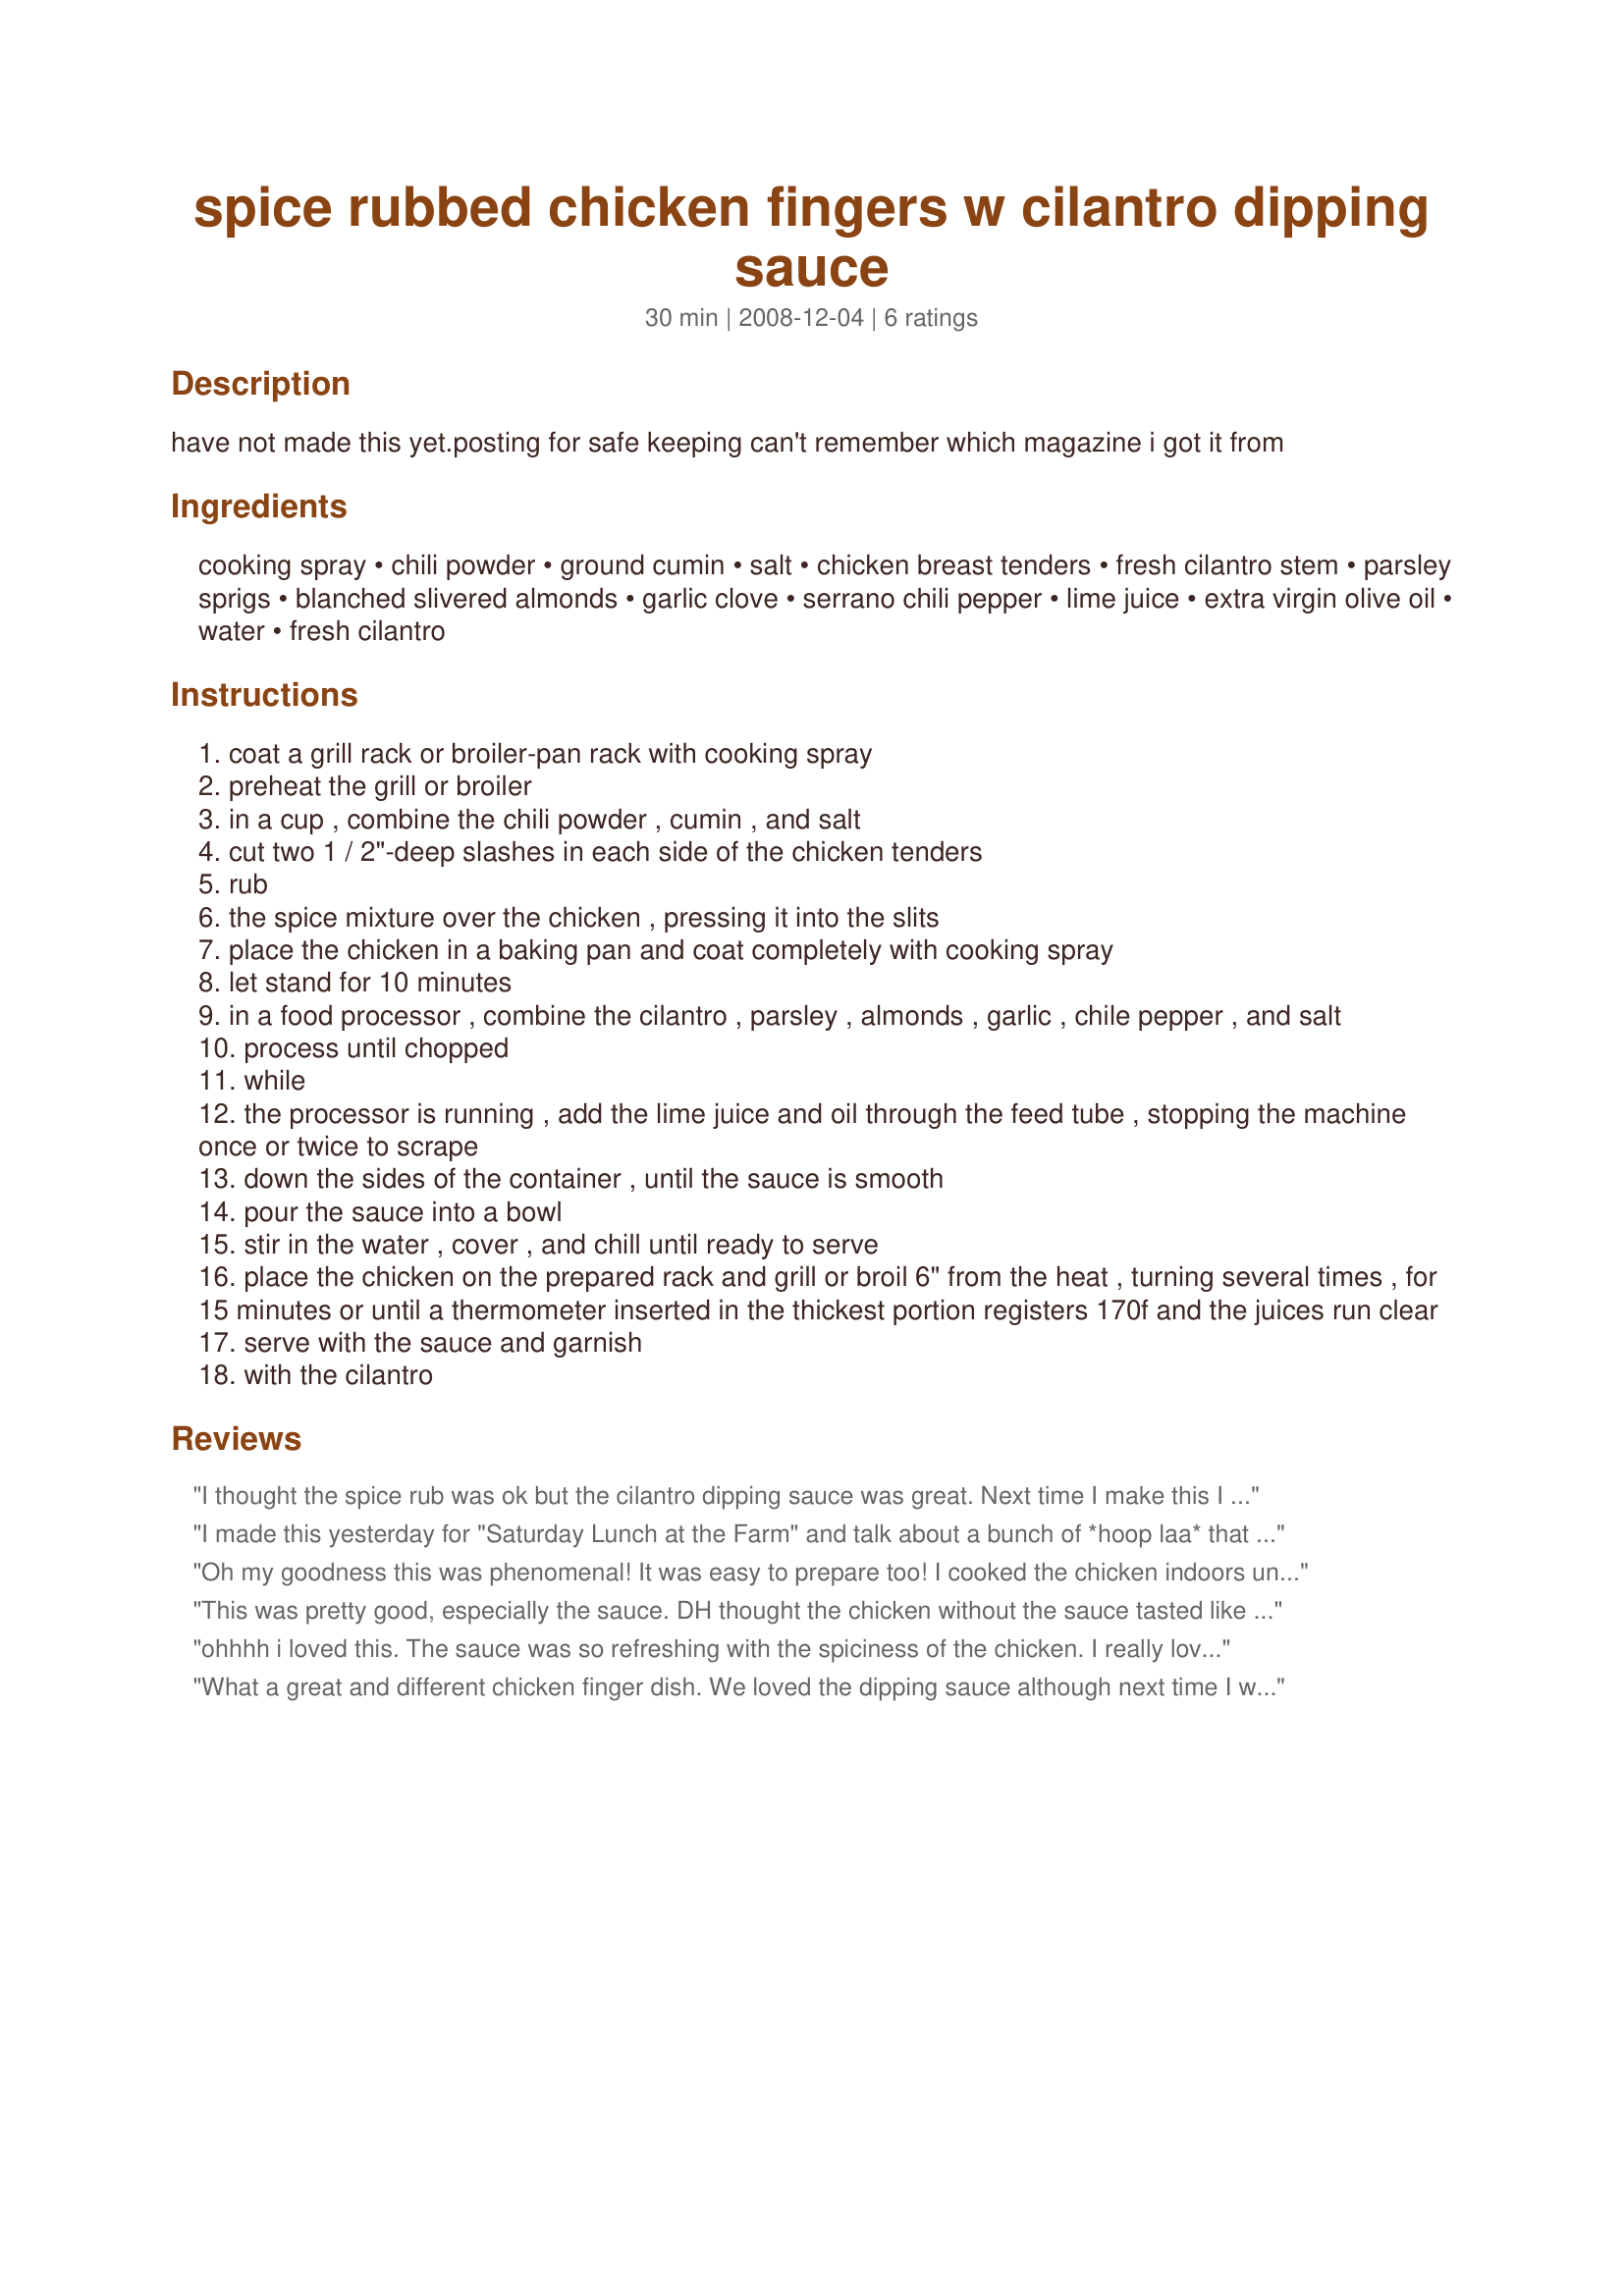
spice rubbed chicken fingers w cilantro dipping sauce
Preparation time: 30 minutes

have not made this yet.posting for safe keeping
can't remember which magazine i got it from

Ingredients:
cooking spray, chili powder, ground cumin, salt, chicken breast tenders, fresh cilantro stem, parsley sprigs, blanched slivered almonds, garlic clove, serrano chili pepper, lime juice, extra virgin olive oil, water, fresh cilantro

Steps:
coat a grill rack or broiler-pan rack with cooking spray
preheat the grill or broiler
in a cup , combine the chili powder , cumin , and salt
cut two 1 / 2"-deep slashes in each side of the chicken tenders
rub
the spice mixture over the chicken , pressing it into the slits
place the chicken in a baking pan and coat completely with cooking spray
let stand for 10 minutes
in a food processor , combine the cilantro , parsley , almonds , garlic , chile pepper , and salt
process until chopped
while
the processor is running , add the lime juice and oil through the feed tube , stopping the machine once or twice to scrape
down the sides of the container , until the sauce is smooth
pour the sauce into a bowl
stir in the water , cover , and chill until ready to serve
place the chicken on the prepared rack and grill or broil 6" from the heat , turning several times , for 15 minutes or until a thermometer inserted in the thickest portion registers 170f and the juices run clear
serve with the sauce and garnish
with the cilantro

Reviews:
I thought the spice rub was ok but the cilantro dipping sauce was great. Next time I make this I will double the dipping sauce because I like a lot. Made for ZWT5.
I made this yesterday for "Saturday Lunch at the Farm" and talk about a bunch of *hoop laa* that started I would say I didn't make enough. I followed this recipe and directions completely, and didn't change anything. This is spicy, but not so spicy anyone would even suggest it as "hot". Just full of flavor. The dipping sauce is terrific, and I can see using this sauce to dip vegetables, pretzels, cucumbers, chps, just about anything in. Wonderful taste! I made these again today, as I had a large size pack of chicken tenderloins. I rubbed the chicken again with all the ingredients, then baked as instructed. Upon finishing I then chopped these in smaller pieces and used them for the most delicious enchilada base that I have ever tried. Made a mixture of green chilies, fresh tomatoes, cumin, and this wonderful chicken. Yum! with a capital *Y* Made for *Everyday is a Holiday* April 2009
Oh my goodness this was phenomenal! It was easy to prepare too! I cooked the chicken indoors under the broiler but would love to grill them outdoors in nicer weather. I was a little nervous about the dipping sauce but it was great!! I used a habenero instead of serrano chile though. Still had LOTS of heat!! This is a great recipe and I'm looking forward to chopping up the leftover chicken to put on a lettuce salad tomorrow for lunch! Thanks so much for posting! Made for Photo Tag.
This was pretty good, especially the sauce. DH thought the chicken without the sauce tasted like fajitas. Thanks!
ohhhh i loved this. The sauce was so refreshing with the spiciness of the chicken. I really loved it.
What a great and different chicken finger dish. We loved the dipping sauce although next time I would double the peppers. We felt it was not hot enough. I liked using the stems of the cilantro only because I normally throw those away. The chicken was nice and moist with a great spicy flavor. I grilled them on the bbq. This was very easy to prepare and I enjoyed the colorful presentation. Thanks for posting. :)
